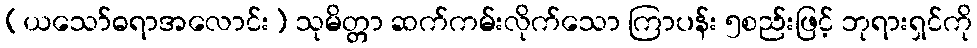
(ယသော်ဓရာအလောင်း) သုမိတ္တာ ဆက်ကမ်းလိုက်သော ကြာပန်း ၅စည်းဖြင့် ဘုရားရှင်ကို